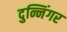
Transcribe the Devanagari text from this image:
दुन्निंगर